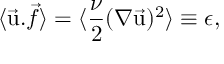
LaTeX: \langle \vec { \mathrm { u } } . \vec { f } \rangle = \langle { \frac { \nu } { 2 } } ( \nabla \vec { \mathrm { u } } ) ^ { 2 } \rangle \equiv \epsilon ,